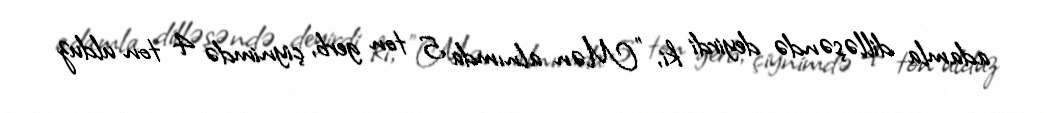
adamla dilləşəndə deyirdi ki, ”Mən alnımda 5 ton gerb, çiynimdə 4 ton ulduz